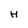
Character: h